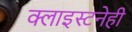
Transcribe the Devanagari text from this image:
क्लाइस्टनेही